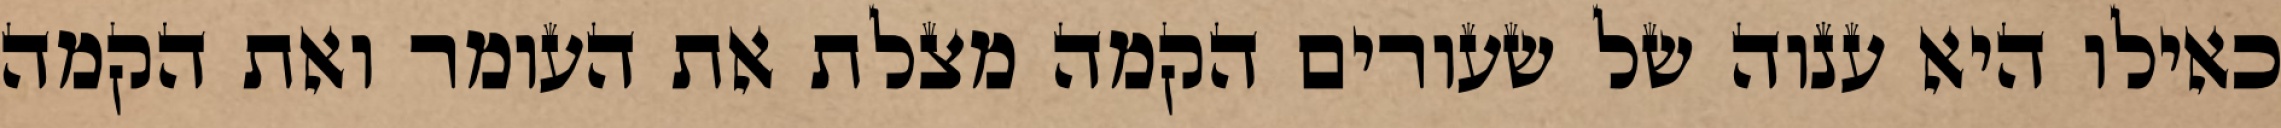
כאילו היא ענוה של שעורים הקמה מצלת את העומר ואת הקמה